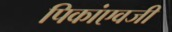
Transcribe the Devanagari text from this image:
पिकांएवजी